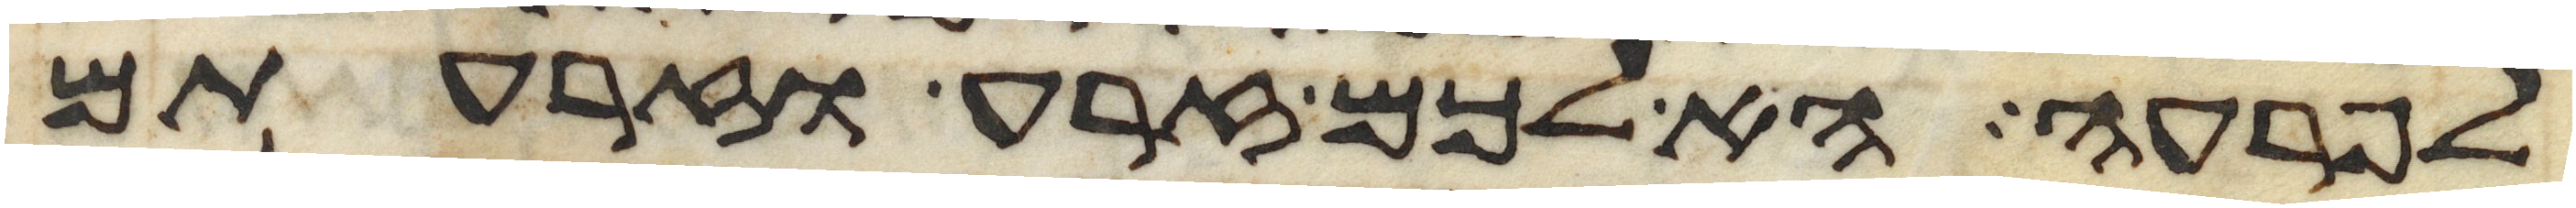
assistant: לפרעה הא לכם זרע וזרעתם